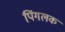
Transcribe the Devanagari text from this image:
पिंगलक